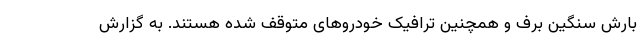
بارش سنگین برف و همچنین ترافیک خودروهای متوقف شده هستند. به گزارش